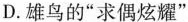
D.雄鸟的”求偶炫耀”